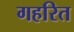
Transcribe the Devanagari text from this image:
गहरित